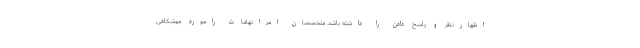
اظهارنظر و پاسخ دادن را داشته باشد. متخصصان امراتهامات رامورد موشکافی